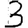
Digit: 3